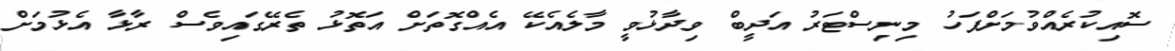
ސޮއިކުރެއްވުމަށްފަހު މިނިސްޓަރު އަދީބް ވިދާޅުވީ މާލެއެކޭ އެއްގޮތަށް އަތޮޅު ތެރޭގައިވެސް ރާޅާ އެޅުމަށް